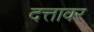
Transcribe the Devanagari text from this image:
दत्तावर